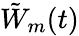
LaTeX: \tilde{W}_{m}(t)